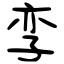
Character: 孪